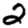
Digit: 2